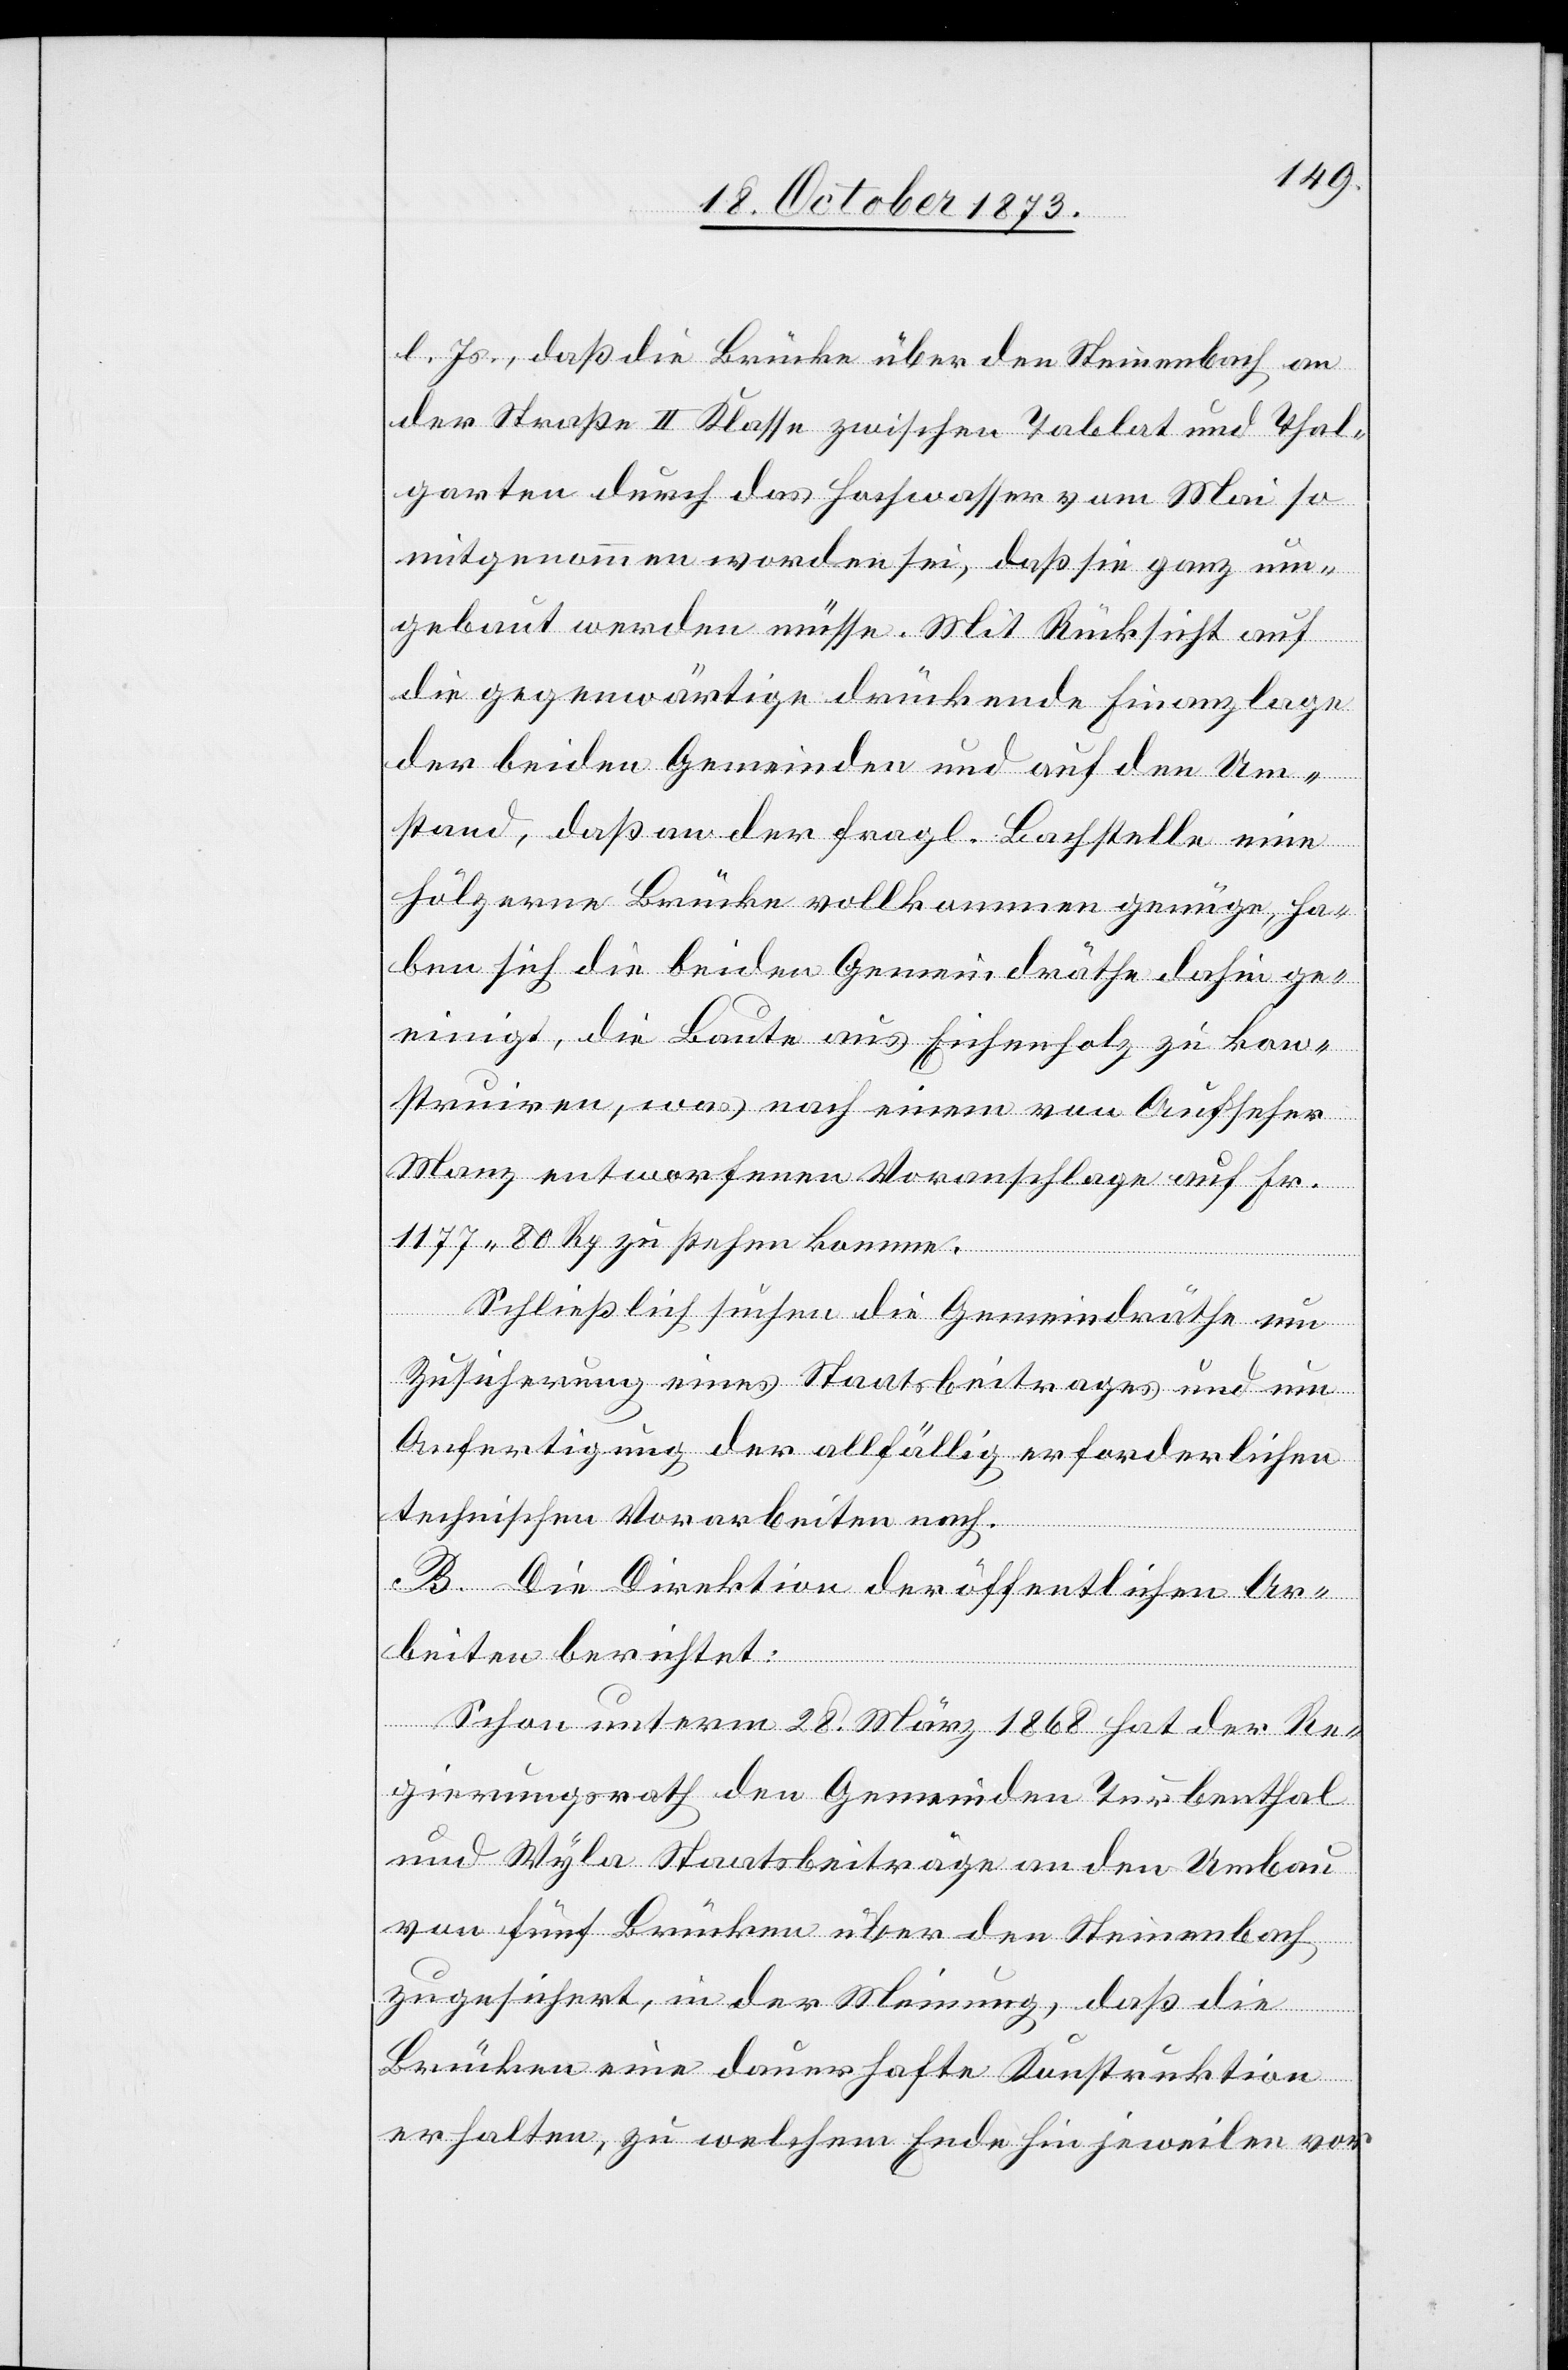
l. Js., daß die Brücke über den Steinenbach an
der Straße II Klasse zwischen Tablat und Thal¬
garten durch das Hochwasser vom Mai so
mitgenommen worden sei, daß sie ganz um¬
gebaut werden müsse. Mit Rücksicht auf
die gegenwärtige drückende Finanzlage
der beiden Gemeinden und auf den Um¬
stand, daß an der fragl. Bachstelle eine
hölzerne Brücke vollkommen genüge, ha¬
ben sich die beiden Gemeindräthe dahin ge¬
einigt, die Baute aus Eichenholz zu kon¬
struiren, was nach einem von Aufseher
Manz entworfenen Voranschlage auf Fr.
1 177 80 Rp zu stehen komme.
Schließlich suchen die Gemeindräthe um
Zusicherung eines Staatsbeitrages und um
Anfertigung der allfällig erforderlichen
technischen Vorarbeiten nach.
B. Die Direktion der öffentlichen Ar¬
beiten berichtet:
Schon unterm 28. März 1868 hat der Re¬
gierungsrath den Gemeinden Turbenthal
und Wyla Staatsbeiträge an den Umbau
von fünf Brücken über den Steinenbach
zugesichert, in der Meinung, daß die
Brücken eine dauerhafte Konstruktion
erhalten, zu welchem Ende hin jeweilen vor